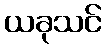
ယခုသင်